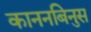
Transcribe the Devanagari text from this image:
काननबिनुस